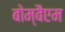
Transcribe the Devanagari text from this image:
बोम्बैएम